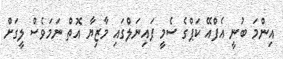
އިންމަ ބުނީ އެފްއޭ ކަޕްގެ ސެމީ ފައިނަލްގައި މާޒިޔާ އޮތް ނަމަވެސް ލީގަށް